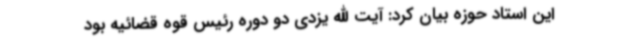
این استاد حوزه بیان کرد: آیت الله یزدی دو دوره رئیس قوه قضائیه بود